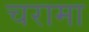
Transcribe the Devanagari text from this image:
चरामा